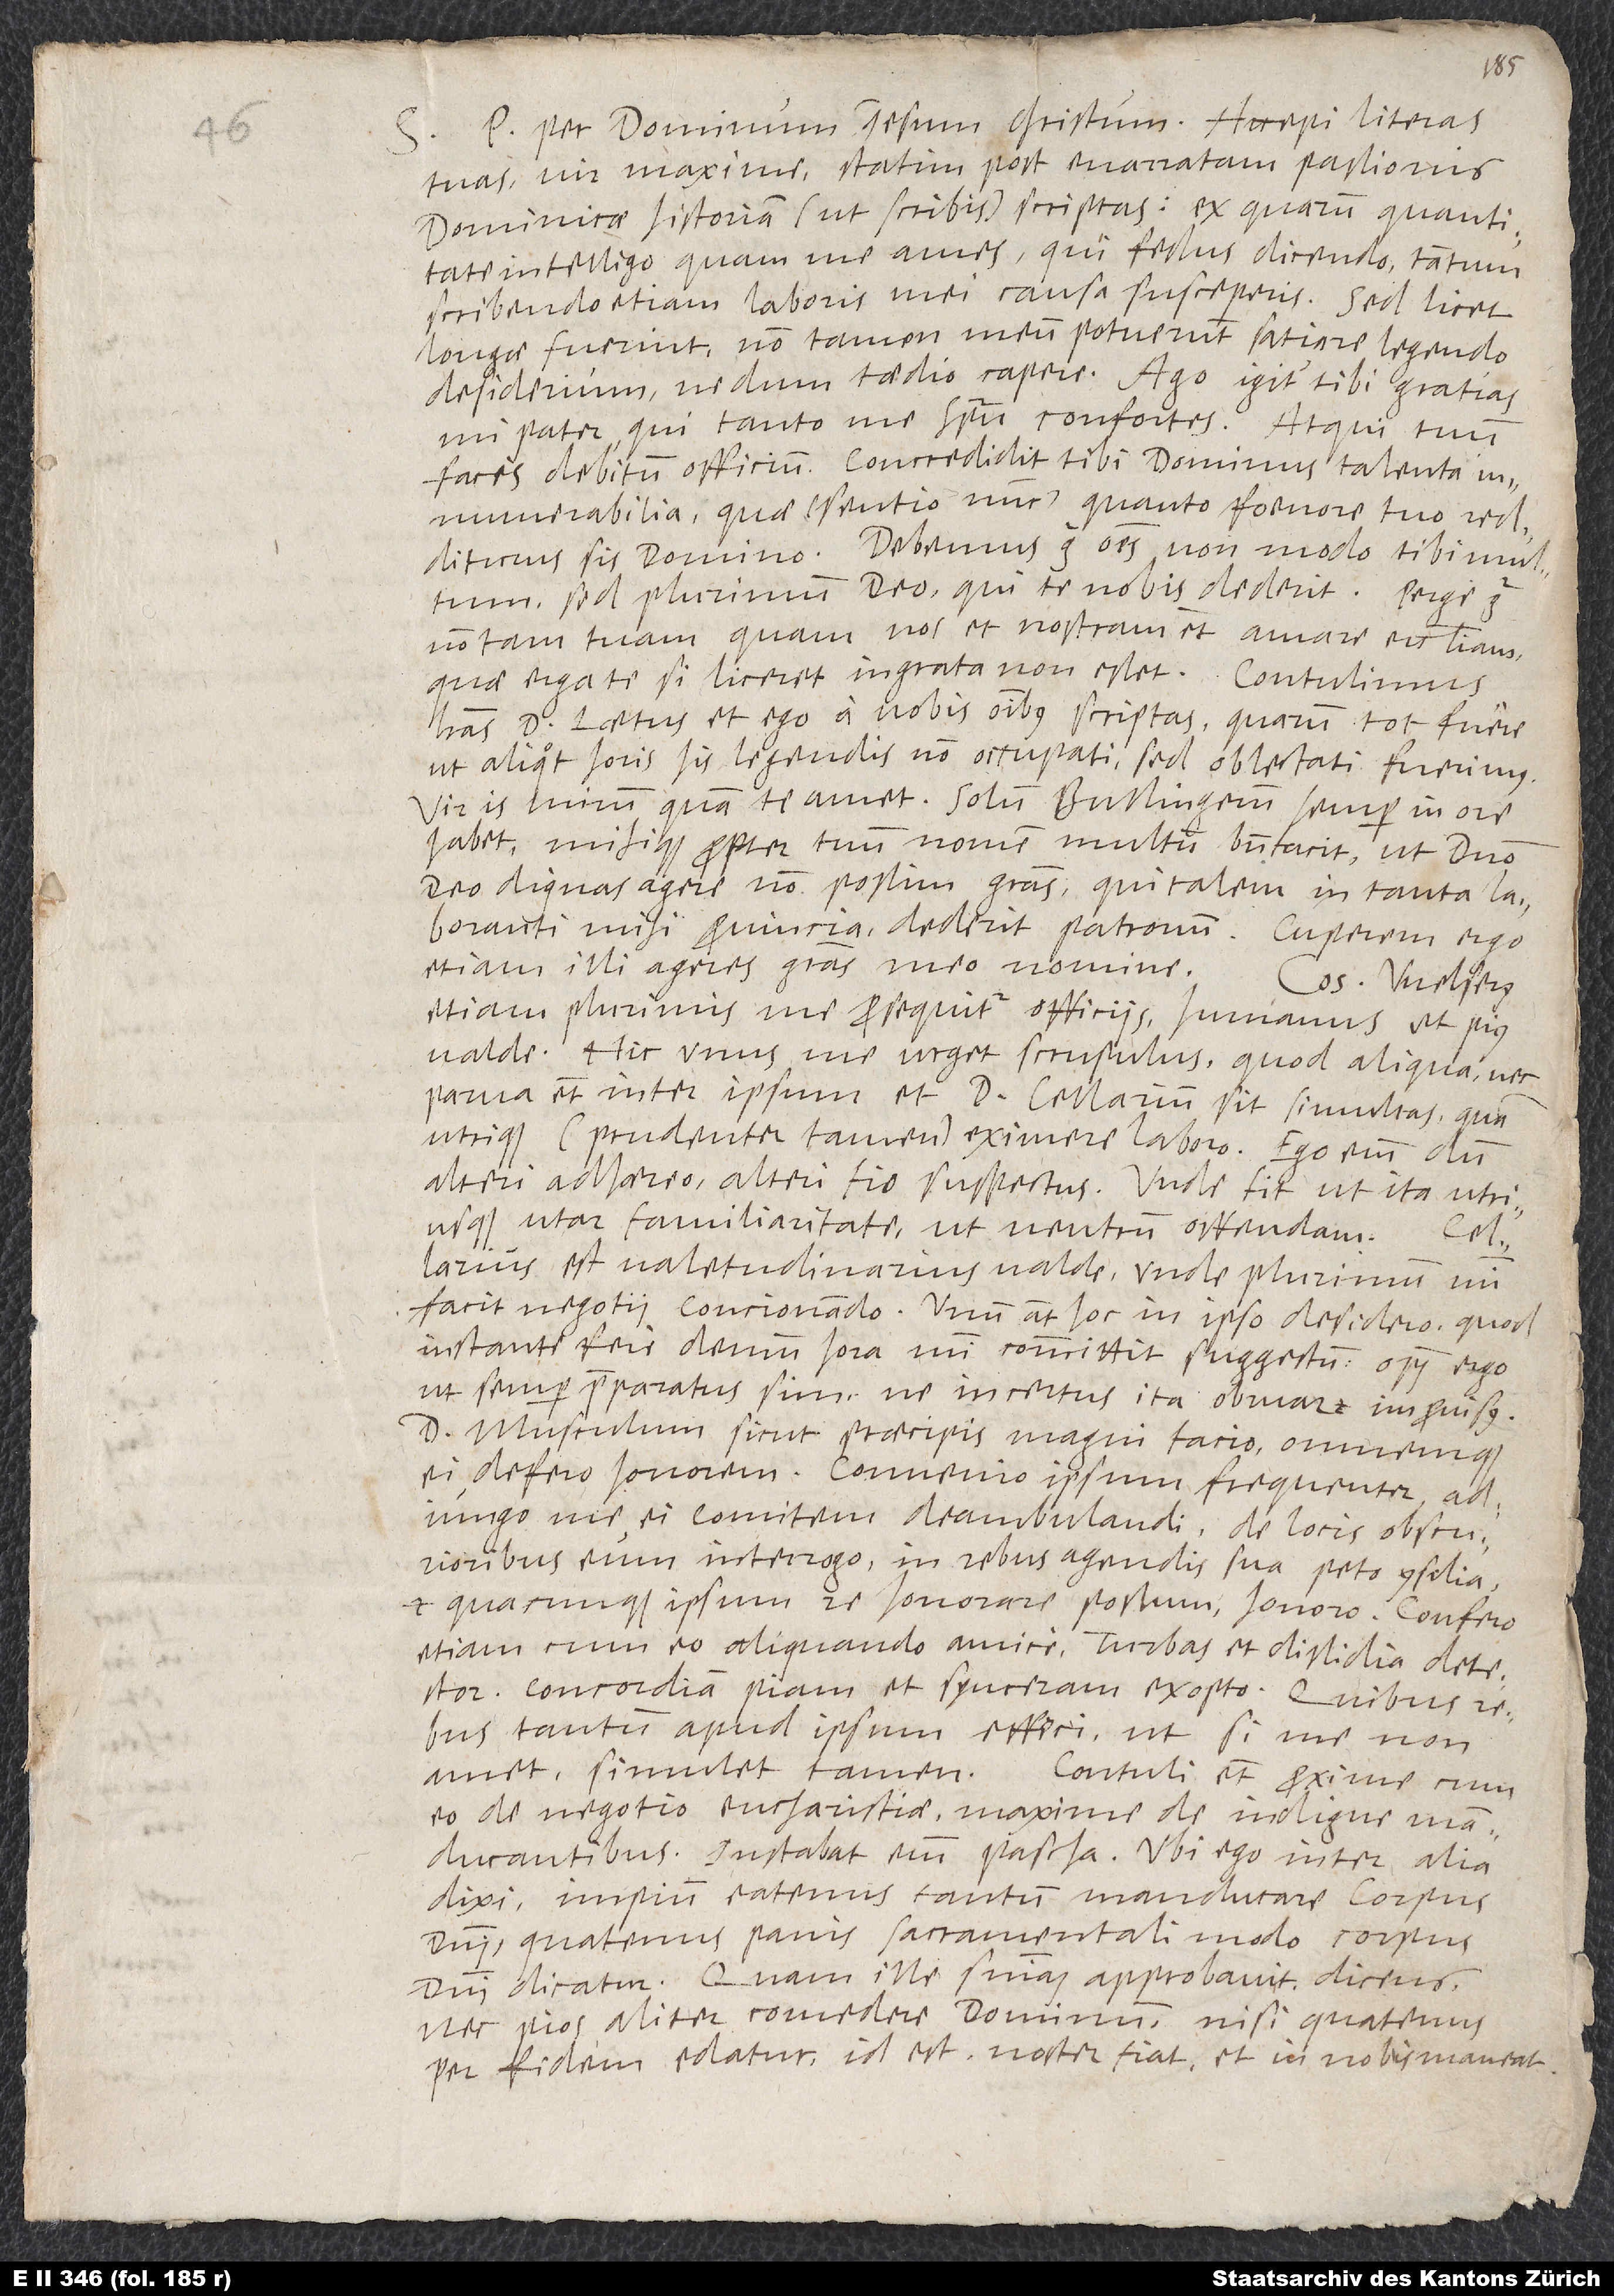
per dominum Iesum Christum. Accepi literas
tuas, vir maxime, statim post enarratam passionis
dominicae historiam (ut scribis) scriptas, ex quarum quantitate
intelligo, quam me ames, qui fessus dicendo tantum
scribendo etiam laboris mei causa susceperis. Sed licet
longae fuerint, non tamen meum potuerunt satiare legendo
desiderium, nedum taedio capere. Ago igitur tibi gratias,
mi pater, qui tanto me spiritu confortes; atqui tuum
facis debitum officium! Concredidit tibi dominus talenta
innumerabilia, quae (sentio nunc) quanto foenore tuo redditurus
sed plurimum deo, qui te nobis dederit. Perge
non tam tuam quam nos et nostram etiam amare ecclesiam,
quae erga te, si liceret, ingrata non esset. Contulimus
literas d. Laetus et ego a vobis omnibus scriptas, quarum tot fuere,
ut aliquot horis his legendis non occupati sed oblectati fuerimus.
Vir is mirum quam te amet! Solum Bullingerum semper in ore
habet mihique propter tuum nomen multum benefacit, ut domino
deo dignas agere non possim gratias, qui talem in tanta
laboranti mihi provincia dederit patronum. Cuperem ergo,
etiam illi ageres gratias meo nomine.
Consul Welserus
etiam plurimis me prosequitur officiis, humanus et pius
valde. Hic unus me urget scrupulus, quod aliqua nec
parva etiam inter ipsum et d. Cellarium sit simultas, quam
utrique (prudenter tamen) eximere laboro. Ego enim dum
alteri adhaereo, alteri fio suspectus. Unde fit, ut ita utriusque
familiaritate, ut neutrum offendam.
est valetudinarius valde, unde plurimum mihi
facit negotii concionando. Unum autem hoc in ipso desidero, quod
instante fere demum hora mihi committit suggestum. Opus ergo,
ut semper preparatus sim, ne incertus ita obruar improvisus.
D. Musculum, sicut praecipis, magni facio omnemque
ei defero honorem. Convenio ipsum frequenter,
me ei comitem deambulandi. De locis obscurioribus
eum interrogo. In rebus agendis sua peto consilia
et, quacunque ipsum re honorare possum, honoro. Confero
etiam cum eo aliquando amice. Turbas et dissidia detestor!
Concordiam piam et synceram exopto! Quibus
tantum apud ipsum effeci, ut, si me non
amet, simulet tamen. Contuli etiam proxime cum
eo de negotio eucharistiae, maxime de indigne
manducantibus (instabat enim pascha), ubi ego inter alia
dixi impium eatenus tantum manducare corpus
domini, quatenus panis sacramentali modo corpus
domini dicatur; quam ille sententiam approbavit dicens
nec pios aliter comedere dominum, nisi quatenus
per fidem edatur, id est noster fiat et in nobis maneat.